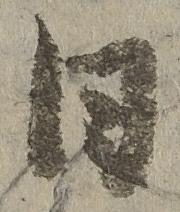
日